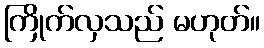
ကြိုက်လှသည် မဟုတ်။